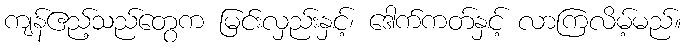
ကျန်ဧည့်သည်တွေက မြင်းလှည်းနှင့်၊ ဒေါက်ကတ်နှင့် လာကြလိမ့်မည်။